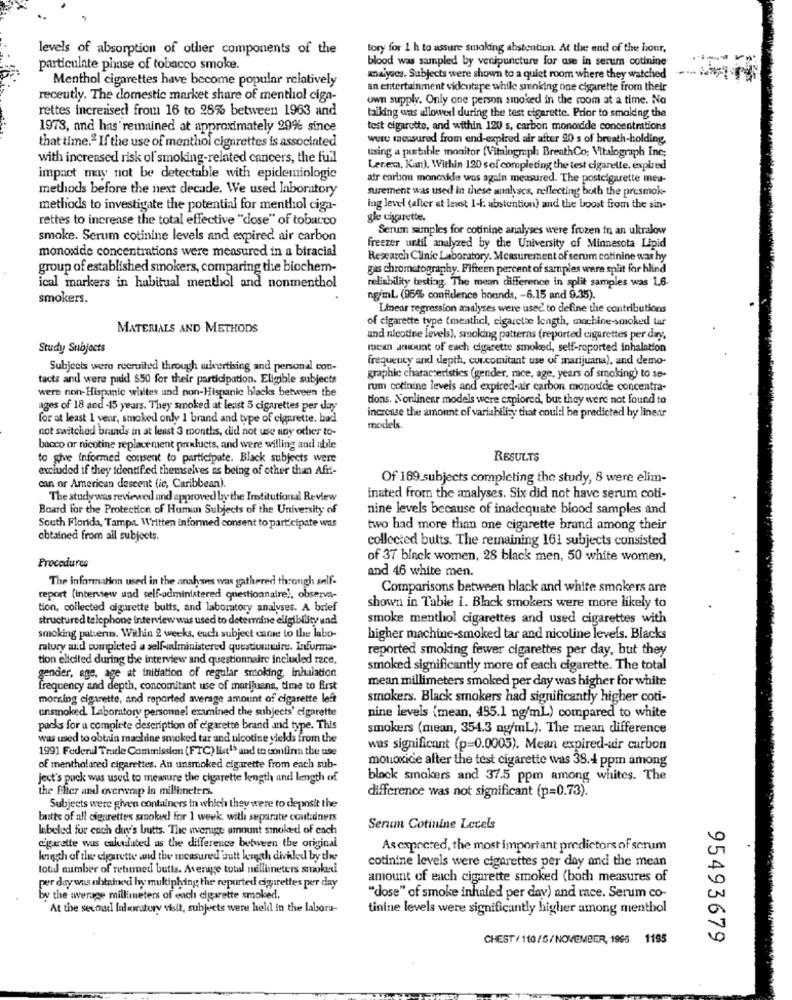
levels of absorption of other components of the
tory for 1 h to assure smoking abstention. At the end of the hour,
blood was sampled by venipuncture for use in serum cotinine
particulate phase of tobacco smoke.
Menthol cigarettes have become popular relatively
analyses. Subjects were shown to a quiet room where they watched
an entertainment videotape while smoking one cigarette from their
recently. The domestic market share of menthol cign-
own supply. Only one person smoked in the room at a time. No
rettes increased from 16 to 28% between 1963 and
talking ans ullower during the test cigarette. Prior to smolding the
1978, and has remained at approximately 29% since
test cigarette, and within 120 s, carbon monoxide concentrations
were measured from end-expired air after 20 s of breath-holding,
that time.ª If the use of menthol cigarettes is associated
with increased risk of smoking-related cancers, the fuil
using a portable monitor (Vitalogmph BreathCo; Vitalograph Inc;
Lenexa, Kan). Within 120 s of completing the test cigarette. expired
impact may not be detectable with epidemiologie
atr carbon monoxide was again measured. The postcigarette meu-
methods before the next decade. We used laboratory
surement was used in these analyscs, reflecting both the presmok-
methods to investigate the potential for menthol ciga-
ing level (after et lnot 1-1: abstention) and the boost from the sin-
rettes to increase the total effective "dose" of tobacco
gle cigarette.
Serum samples for cotinine analyses were frozen in an ultralow
smoke. Serum cotinine levels and expired air carbon
monoxide concentrations were measured in a biracial
freezer until analyzed by the University of Minnesota Lipid
Research Clinic Laboratory. Measurement of serum cotinine was hy
group of established smokers, comparing the biochem-
gas chromatography. Fifteen percent of samples were split for blind
ical markers in habitual menthol and nonmenthol
reliability testing. The mean difference in split samples was 1.6.
smokers.
ng/ml (95% confidence bounds, - 6.15 and 9.35).
Linear regression analyses were used to define the contributions
of cigarette type (meathel, cigarette length, machine-smoked tur
MATERIALS AND METHODS
and nicotive levels), smoking patterns (reported cigarettes per day,
Study Subjects
rucan amount of each cigarette smoked, self-reported inhalation
frequency and depth, concomitant use of marijuana), and demo-
Subjects were recruited through advertising and personal con-
tacts and were padd $50 for their participation. Eligible subjects
graphic characteristics (gender, mce, age, years of smoking) to se-
were non-Hispanic whites und non-Hispanic blacks between the
rum cotinine levels and expired-air carbon monoxide concentra-
tions. Nonlinear models were explored, but they were not found to
ages of 18 and .15 years. They smoked at least 5 cigarettes per day
for at least 1 year, smoked only 1 brand and type of cigarette. had
increase the amount of variability that could be predicted by linear
not switched brands in at least 3 months, did not use any other to-
models.
bacco or nicotine replacement perulucts, and were willing and able
to give informed consent to participate. Black subjects were
RESULTS
excluded if they identified themselves as being of other than Afri-
can or American descent (ic, Caribbean).
Of 169 subjects completing the study, 8 were elim-
The studywas reviewed and approved by the Imtitutional Review
inated from the analyses. Six did not have serum coti-
Board for the Protection of Human Subjects of the University of
nine levels because of inadequate blood samples and
South Florida, Tampt. Written informed consent to participate was
two had more than one cigarette brand among their
obtained from all subjects.
collected butts. The remaining 161 subjects consisted
Procedures
of 37 black women, 28 black men, 50 white women,
and 46 white men.
The information used in the analyses was gathered through self-
Comparisons between black and white smokers are
report (interview and self-administered questionnaire), observa-
tion, collected cigurette butts, and laboratory analyses. A brief
shown in Table 1. Black smokers were more likely to
structured telephone interviewwas used to determine eligibility und
smoke menthol cigarettes and used cigarettes with
smoking patterns. Within 2 weeks, euch subject came to the labo-
higher machine-smoked tar and nicoline levels. Blacks
ratury and completed a self-administered questiuurmire. Infurma-
reported smoking fewer cigarettes per day, but they
tion elicited during the interview and questionnaire included rece.
smoked significantly more of each cigarette. The total
gender, age, age at initiation of regular smoking, inhalation
mean millimeters smoked per day was higher for white
frequency and depth, concomitant use of marijuana, time to first
morning cigarette, and reported average amount of cigarette left
smokers. Black smokers had significantly higher coti-
unsmoked. Laboratory personnel examined the subjects' cigarette
nine levels (mean, 455.1 ng/ml) compared to white
packs for a complete description of cigarette brand and type. This
smokers (mean, 354.3 ng/ml). The mean difference
was used to obtain machine smoked tar and nicotine yields from the
1991 Federal Trade Commission (FTC) list15 and to confirm the use
was significant (p=0.0005). Mean expired-air carbon
monoxide after the test cigarette was 38.4 ppm among
of mentholated cigarettes. An unsmoked cigarette from each sub-
Jest's puck was used to measure the cigarette length and length of
block smakers and 37.5 ppm among whites. The
the ffier and overwrap in millimeters.
difference was not significant (p=0.73).
Subjects were given containers in which they were to deposit the
butts of all cigarettes smoked for 1 week with separate contidners
labeled for each day's butts. The average amount smoked of each
Serum Cotinine Levels
cigarette was calculated as the difference between the original
Asexpected, the most important predictors of scrum
knigth of the cigarette and the measured butt length diviled by thee
cotinine levels were cigarettes per day and the mean
totdl number of retamed butts. Average total nellimeters smoked
amount of each cigarette smoked (both measures of
per day was obtained hy multiphing the reported cigarettes per day
by the average millimeters of each cigarette smoked
"dose" of smoke inhaled per day) and race. Serum co-
At the second laboratory visit, subjects were held in the labora-
tinine levels were significantly higher among menthol
CHEST/ 110/5/NOVEMBER, 1966 1195
95493679